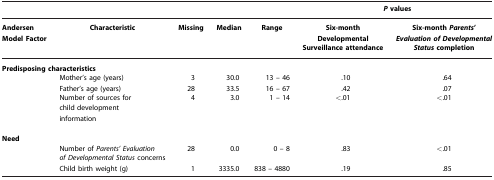
|  |  |  |  |  | <COLSPAN=2> P values |
 | Andersen Model Factor | Characteristic | Missing | Median | Range | Six‐month Developmental Surveillance attendance | Six‐month Parents' Evaluation of Developmental Status completion |
 | --- | --- | --- | --- | --- | --- | --- |
 | <COLSPAN=2> Predisposing characteristics |  |  |  |  |  |
 |  | Mother's age (years) | 3 | 30.0 | 13 – 46 | .10 | .64 |
 |  | Father's age (years) | 28 | 33.5 | 16 – 67 | .42 | .07 |
 |  | Number of sources for child development information | 4 | 3.0 | 1 – 14 | <.01 | <.01 |
 | <COLSPAN=7> Need |
 |  | Number of Parents' Evaluation of Developmental Status concerns | 28 | 0.0 | 0 – 8 | .83 | <.01 |
 |  | Child birth weight (g) | 1 | 3335.0 | 838 – 4880 | .19 | .85 |